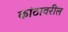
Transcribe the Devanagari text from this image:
कांठावरील